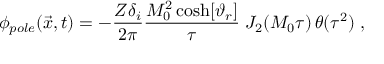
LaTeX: \phi _ { p o l e } ( { \vec { x } } , t ) = - { \frac { Z \delta _ { i } } { 2 \pi } } { \frac { M _ { 0 } ^ { 2 } \cosh [ \vartheta _ { r } ] } { \tau } } \; J _ { 2 } ( M _ { 0 } \tau ) \, \theta ( \tau ^ { 2 } ) \; ,